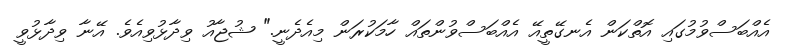
އެއްބަސްވުމުގައި އޮތްކަން އެނގޭތީއޭ އެއްބަސްވުންތައް ހާމަކުރަން މިއެދެނީ." ޝުޖާއު ވިދާޅުވިއެވެ. އޭނާ ވިދާޅުވީ